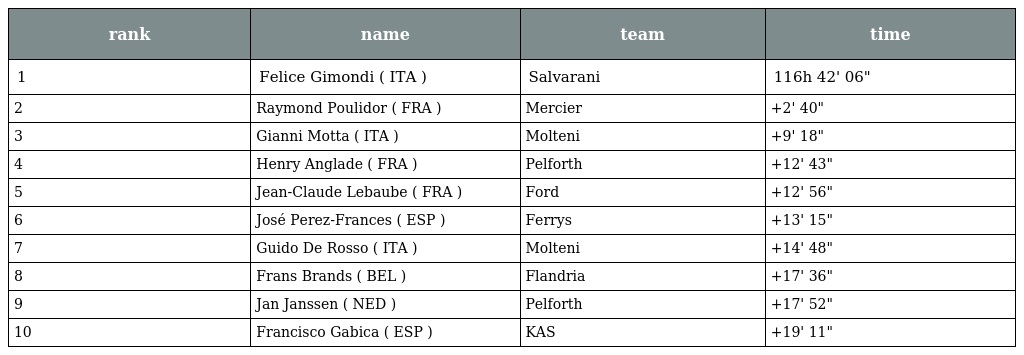
| rank | name | team | time |
 | --- | --- | --- | --- |
 | 1 | Felice Gimondi ( ITA ) | Salvarani | 116h 42' 06" |
 | 2 | Raymond Poulidor ( FRA ) | Mercier | +2' 40" |
 | 3 | Gianni Motta ( ITA ) | Molteni | +9' 18" |
 | 4 | Henry Anglade ( FRA ) | Pelforth | +12' 43" |
 | 5 | Jean-Claude Lebaube ( FRA ) | Ford | +12' 56" |
 | 6 | José Perez-Frances ( ESP ) | Ferrys | +13' 15" |
 | 7 | Guido De Rosso ( ITA ) | Molteni | +14' 48" |
 | 8 | Frans Brands ( BEL ) | Flandria | +17' 36" |
 | 9 | Jan Janssen ( NED ) | Pelforth | +17' 52" |
 | 10 | Francisco Gabica ( ESP ) | KAS | +19' 11" |